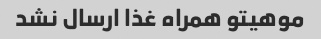
موهیتو همراه غذا ارسال نشد